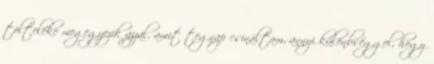
tölteléke megegyezik azzal, amit tegnap csináltam, annyi különbséggel, hogy